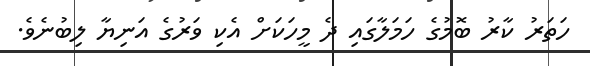
ހަތަރު ކާރު ބޮމުގެ ހަމަލާގައި ދެ މީހަކަށް އެކި ވަރުގެ އަނިޔާ ލިބުނެވެ.